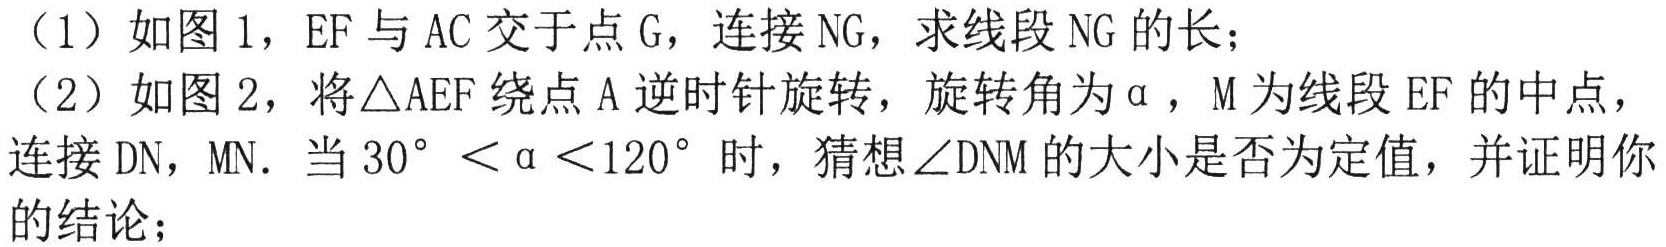
（1）如图 1，EF 与 AC 交于点 G，连接 NG，求线段 NG 的长；

（2）如图 2，将\(\triangle AEF\)绕点 A 逆时针旋转，旋转角为\(\alpha\)，M 为线段 EF 的中点，连接 DN，MN. 当\(30^{\circ}< \alpha <120^{\circ}\)时，猜想\(\angle DNM\)的大小是否为定值，并证明你的结论；